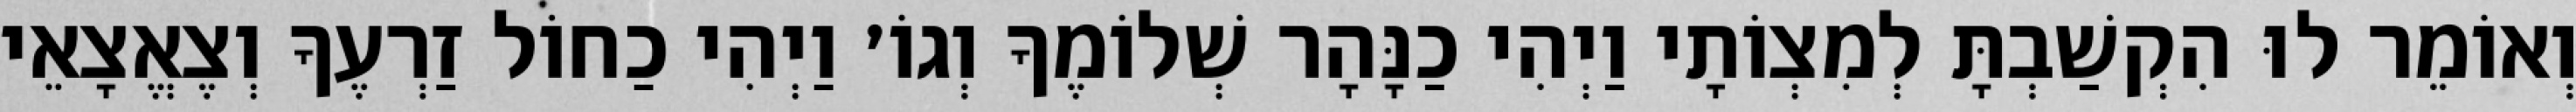
וְאוֹמֵר לוּ הִקְשַׁבְתָּ לְמִצְוֹתָי וַיְהִי כַנָּהָר שְׁלוֹמֶךָ וְגוֹ׳ וַיְהִי כַחוֹל זַרְעֶךָ וְצֶאֱצָאֵי